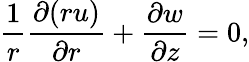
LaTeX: \frac{1}{r}\frac{\partial(ru)}{\partial r}+\frac{\partial w}{\partial z}=0,